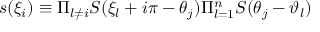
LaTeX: s ( \xi _ { i } ) \equiv \Pi _ { l \neq i } S ( \xi _ { l } + i \pi - \theta _ { j } ) \Pi _ { l = 1 } ^ { n } S ( \theta _ { j } - \vartheta _ { l } )